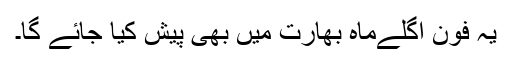
یہ فون اگلےماہ بھارت میں بھی پیش کیا جائے گا۔